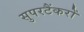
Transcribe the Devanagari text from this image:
सुपरटैंकरों